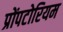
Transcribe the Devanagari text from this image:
प्रोंपटोरियम